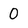
Character: 0